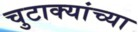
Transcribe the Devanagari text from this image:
चुटाक्यांच्या